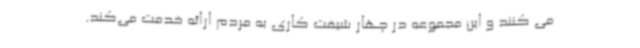
می کنند و این مجموعه در چهار شیفت کاری به مردم ارائه خدمت می‌کند.